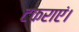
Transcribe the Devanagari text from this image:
टकराएं।